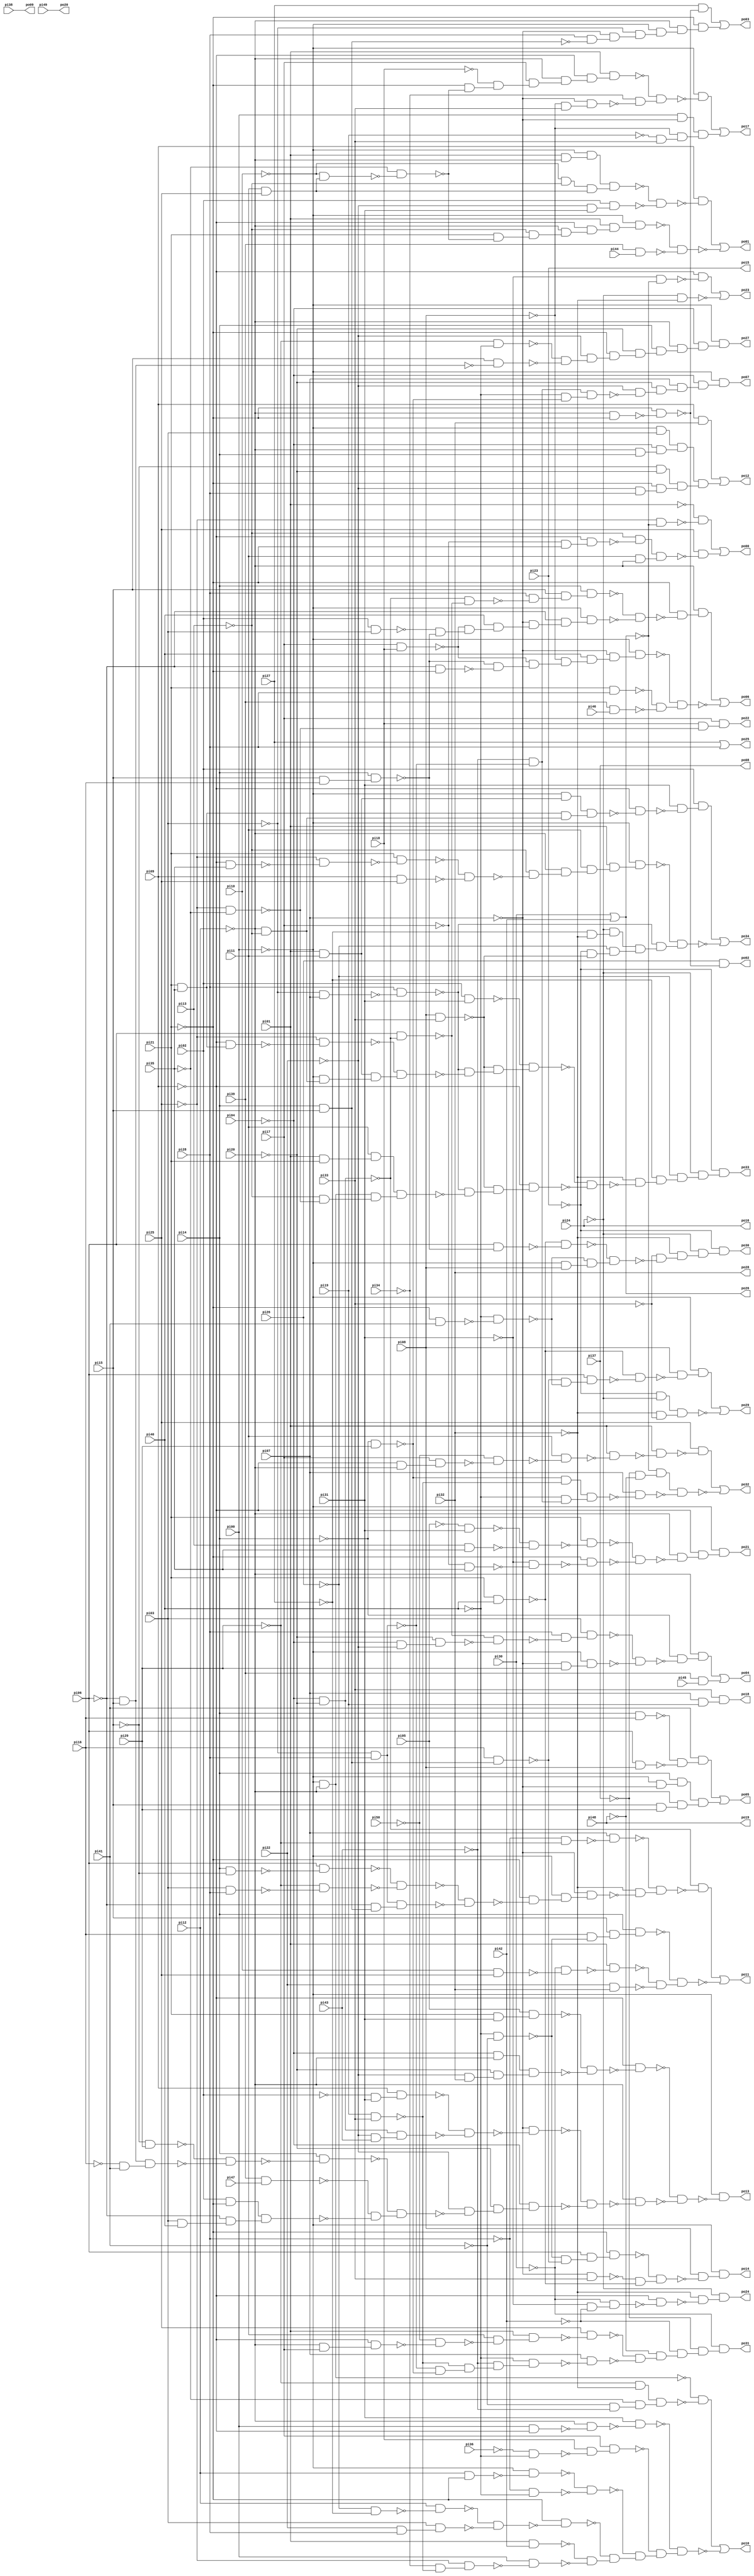
// Benchmark "x1" written by ABC on Sun Apr 22 21:43:16 2018

module x1 ( 
    pi00, pi01, pi02, pi03, pi04, pi05, pi06, pi07, pi08, pi09, pi10, pi11,
    pi12, pi13, pi14, pi15, pi16, pi17, pi18, pi19, pi20, pi21, pi22, pi23,
    pi24, pi25, pi26, pi27, pi28, pi29, pi30, pi31, pi32, pi33, pi34, pi35,
    pi36, pi37, pi38, pi39, pi40, pi41, pi42, pi43, pi44, pi45, pi46, pi47,
    pi48, pi49, pi50,
    po00, po01, po02, po03, po04, po05, po06, po07, po08, po09, po10, po11,
    po12, po13, po14, po15, po16, po17, po18, po19, po20, po21, po22, po23,
    po24, po25, po26, po27, po28, po29, po30, po31, po32, po33, po34  );
  input  pi00, pi01, pi02, pi03, pi04, pi05, pi06, pi07, pi08, pi09,
    pi10, pi11, pi12, pi13, pi14, pi15, pi16, pi17, pi18, pi19, pi20, pi21,
    pi22, pi23, pi24, pi25, pi26, pi27, pi28, pi29, pi30, pi31, pi32, pi33,
    pi34, pi35, pi36, pi37, pi38, pi39, pi40, pi41, pi42, pi43, pi44, pi45,
    pi46, pi47, pi48, pi49, pi50;
  output po00, po01, po02, po03, po04, po05, po06, po07, po08, po09, po10,
    po11, po12, po13, po14, po15, po16, po17, po18, po19, po20, po21, po22,
    po23, po24, po25, po26, po27, po28, po29, po30, po31, po32, po33, po34;
  wire n88, n89, n90, n91, n92, n93, n94, n95, n97, n98, n99, n100, n101,
    n102, n103, n104, n105, n106, n107, n108, n109, n110, n111, n112, n113,
    n114, n115, n116, n118, n119, n121, n122, n123, n124, n125, n126, n127,
    n128, n130, n131, n132, n133, n134, n135, n136, n137, n138, n139, n140,
    n141, n142, n144, n145, n146, n147, n148, n149, n150, n151, n152, n154,
    n155, n156, n157, n158, n159, n160, n161, n162, n163, n164, n165, n166,
    n167, n168, n169, n170, n171, n172, n173, n174, n175, n176, n177, n178,
    n179, n180, n181, n183, n184, n185, n186, n187, n188, n189, n190, n191,
    n193, n194, n195, n196, n197, n198, n199, n200, n201, n202, n203, n204,
    n205, n206, n207, n208, n209, n210, n211, n212, n213, n214, n215, n216,
    n217, n218, n219, n220, n221, n222, n223, n224, n226, n227, n228, n229,
    n230, n231, n232, n233, n234, n235, n236, n237, n238, n239, n240, n241,
    n242, n243, n244, n245, n246, n247, n248, n249, n250, n251, n253, n254,
    n255, n256, n257, n258, n259, n260, n261, n262, n264, n265, n266, n267,
    n268, n269, n270, n271, n272, n273, n274, n275, n276, n277, n278, n279,
    n280, n281, n282, n283, n284, n285, n286, n287, n288, n289, n290, n291,
    n292, n293, n294, n295, n296, n298, n299, n300, n301, n302, n303, n304,
    n305, n306, n308, n309, n310, n311, n312, n313, n314, n315, n316, n317,
    n318, n319, n320, n321, n322, n324, n326, n327, n328, n329, n330, n331,
    n332, n333, n334, n335, n337, n338, n340, n341, n342, n344, n345, n346,
    n347, n350, n351, n352, n353, n354, n355, n356, n357, n358, n360, n361,
    n362, n363, n364, n365, n366, n367, n368, n369, n371, n372, n373, n374,
    n375, n376, n377, n378, n380, n381, n382, n383, n384, n385, n386, n387,
    n388, n389, n390, n391, n392, n393, n394, n396, n397, n398, n399, n400,
    n401, n402, n403, n404, n405, n406, n407, n408, n409, n411, n412, n413,
    n414, n415, n416, n417, n418, n419, n420, n421, n422, n423, n424, n425,
    n426, n427, n428, n429, n430, n431, n432, n433, n434, n435, n436, n437,
    n438, n440, n441, n442, n443, n444, n445, n446, n447, n448, n449, n450,
    n451, n452, n453, n454, n455, n456, n457, n458, n459, n460, n461, n462;
  assign po26 = pi30 | pi42;
  assign n88 = ~pi25 & ~po26;
  assign n89 = ~pi01 & ~n88;
  assign n90 = ~pi17 & ~pi21;
  assign n91 = ~pi09 & n90;
  assign n92 = ~pi13 & ~n91;
  assign n93 = pi11 & ~pi12;
  assign n94 = n92 & n93;
  assign n95 = pi25 & ~n94;
  assign po00 = n89 | n95;
  assign n97 = pi01 & ~pi12;
  assign n98 = ~pi00 & n97;
  assign n99 = ~pi10 & ~pi13;
  assign n100 = pi11 & pi25;
  assign n101 = n99 & n100;
  assign n102 = n98 & n101;
  assign n103 = ~pi22 & pi31;
  assign n104 = pi02 & n103;
  assign n105 = ~n102 & ~n104;
  assign n106 = pi09 & ~n105;
  assign n107 = ~pi10 & n100;
  assign n108 = ~pi35 & ~n107;
  assign n109 = pi21 & ~n108;
  assign n110 = ~pi13 & n109;
  assign n111 = ~pi12 & n110;
  assign n112 = ~pi09 & n111;
  assign n113 = pi01 & n112;
  assign n114 = ~pi00 & n113;
  assign n115 = pi39 & pi44;
  assign n116 = ~n114 & ~n115;
  assign po01 = n106 | ~n116;
  assign n118 = ~pi12 & ~pi21;
  assign n119 = ~pi21 & ~n118;
  assign po02 = pi26 & ~n119;
  assign n121 = pi27 & ~n119;
  assign n122 = pi14 & pi15;
  assign n123 = pi28 & ~n122;
  assign n124 = ~pi07 & n123;
  assign n125 = ~pi03 & n124;
  assign n126 = ~pi00 & n125;
  assign n127 = ~pi12 & n126;
  assign n128 = ~pi21 & n127;
  assign po03 = n121 | n128;
  assign n130 = ~pi04 & ~pi20;
  assign n131 = pi06 & ~n130;
  assign n132 = ~pi04 & ~pi22;
  assign n133 = ~pi20 & n132;
  assign n134 = ~n131 & ~n133;
  assign n135 = pi28 & ~n134;
  assign n136 = pi03 & n135;
  assign n137 = ~pi07 & pi29;
  assign n138 = ~pi00 & n137;
  assign n139 = ~n136 & ~n138;
  assign n140 = ~pi14 & ~n139;
  assign n141 = ~pi12 & n140;
  assign n142 = pi39 & pi45;
  assign po04 = n141 | n142;
  assign n144 = pi14 & pi16;
  assign n145 = pi06 & pi08;
  assign n146 = ~n144 & ~n145;
  assign n147 = pi41 & n146;
  assign n148 = ~pi00 & ~pi07;
  assign n149 = pi14 & n148;
  assign n150 = pi15 & pi29;
  assign n151 = ~pi12 & n150;
  assign n152 = n149 & n151;
  assign po05 = n147 | n152;
  assign n154 = ~n130 & ~n131;
  assign n155 = pi28 & ~n154;
  assign n156 = pi15 & n155;
  assign n157 = pi14 & n156;
  assign n158 = pi17 & pi18;
  assign n159 = pi02 & pi03;
  assign n160 = pi15 & pi16;
  assign n161 = pi14 & n160;
  assign n162 = ~n159 & ~n161;
  assign n163 = ~n158 & n162;
  assign n164 = pi40 & n163;
  assign n165 = ~pi07 & n164;
  assign n166 = ~pi06 & n165;
  assign n167 = ~pi00 & n166;
  assign n168 = ~n157 & ~n167;
  assign n169 = ~pi21 & ~n168;
  assign n170 = ~pi12 & n169;
  assign n171 = ~pi06 & ~pi21;
  assign n172 = ~n161 & ~n171;
  assign n173 = ~n158 & n172;
  assign n174 = ~pi08 & n173;
  assign n175 = pi40 & n174;
  assign n176 = ~pi07 & n175;
  assign n177 = ~pi00 & n176;
  assign n178 = pi21 & pi28;
  assign n179 = pi39 & pi46;
  assign n180 = ~n178 & ~n179;
  assign n181 = ~n177 & n180;
  assign po06 = n170 | ~n181;
  assign n183 = ~pi03 & pi28;
  assign n184 = ~pi43 & ~n183;
  assign n185 = ~pi14 & pi29;
  assign n186 = ~pi40 & ~n185;
  assign n187 = n184 & n186;
  assign n188 = ~pi22 & ~n187;
  assign n189 = ~pi20 & n188;
  assign n190 = pi07 & n189;
  assign n191 = ~pi04 & n190;
  assign po07 = ~pi00 & n191;
  assign n193 = ~pi00 & ~pi12;
  assign n194 = ~pi29 & ~pi32;
  assign n195 = ~pi41 & ~pi43;
  assign n196 = ~pi35 & n195;
  assign n197 = n194 & n196;
  assign n198 = ~n193 & ~n197;
  assign n199 = pi00 & ~pi09;
  assign n200 = ~pi12 & ~n199;
  assign n201 = pi31 & ~n200;
  assign n202 = ~pi36 & ~pi40;
  assign n203 = pi18 & ~n202;
  assign n204 = pi17 & n203;
  assign n205 = pi12 & ~pi21;
  assign n206 = ~pi00 & ~n205;
  assign n207 = ~pi28 & ~pi40;
  assign n208 = ~n206 & ~n207;
  assign n209 = ~pi26 & ~pi27;
  assign n210 = pi12 & ~n209;
  assign n211 = pi22 & pi28;
  assign n212 = pi03 & n211;
  assign n213 = ~n210 & ~n212;
  assign n214 = ~pi21 & ~n213;
  assign n215 = pi01 & pi42;
  assign n216 = pi19 & pi33;
  assign n217 = ~pi34 & ~n216;
  assign n218 = ~pi25 & n217;
  assign n219 = pi00 & ~n218;
  assign n220 = ~n215 & ~n219;
  assign n221 = ~n214 & n220;
  assign n222 = ~n208 & n221;
  assign n223 = ~n204 & n222;
  assign n224 = ~n201 & n223;
  assign po10 = n198 | ~n224;
  assign n226 = ~pi28 & ~pi29;
  assign n227 = pi07 & ~n226;
  assign n228 = pi14 & ~pi15;
  assign n229 = pi06 & ~n228;
  assign n230 = pi03 & pi28;
  assign n231 = ~pi29 & ~n230;
  assign n232 = ~n229 & ~n231;
  assign n233 = ~pi06 & n122;
  assign n234 = n183 & n233;
  assign n235 = ~n232 & ~n234;
  assign n236 = ~pi21 & ~n235;
  assign n237 = ~pi00 & n236;
  assign n238 = ~pi07 & n237;
  assign n239 = ~pi32 & ~n238;
  assign n240 = ~n227 & n239;
  assign n241 = ~n130 & ~n240;
  assign n242 = ~pi40 & ~pi41;
  assign n243 = pi16 & ~n242;
  assign n244 = pi15 & n243;
  assign n245 = pi14 & n244;
  assign n246 = pi10 & pi25;
  assign n247 = ~pi30 & ~n246;
  assign n248 = pi01 & ~n247;
  assign n249 = pi22 & pi32;
  assign n250 = ~n248 & ~n249;
  assign n251 = ~n245 & n250;
  assign po11 = n241 | ~n251;
  assign n253 = pi09 & pi32;
  assign n254 = ~pi00 & pi03;
  assign n255 = ~pi12 & pi14;
  assign n256 = ~pi04 & n255;
  assign n257 = n254 & n256;
  assign n258 = ~pi15 & ~pi20;
  assign n259 = ~pi22 & pi28;
  assign n260 = ~pi21 & n259;
  assign n261 = n258 & n260;
  assign n262 = n257 & n261;
  assign po12 = n253 | n262;
  assign n264 = pi21 & pi31;
  assign n265 = pi05 & n264;
  assign n266 = ~pi04 & ~pi12;
  assign n267 = ~pi22 & pi32;
  assign n268 = ~pi20 & n267;
  assign n269 = n266 & n268;
  assign n270 = ~n265 & ~n269;
  assign n271 = ~pi09 & ~n270;
  assign n272 = ~pi02 & pi31;
  assign n273 = pi09 & n272;
  assign n274 = ~pi22 & pi43;
  assign n275 = n130 & n274;
  assign n276 = ~n273 & ~n275;
  assign n277 = ~pi07 & ~n276;
  assign n278 = ~pi15 & pi29;
  assign n279 = ~pi06 & pi15;
  assign n280 = ~pi16 & pi41;
  assign n281 = n279 & n280;
  assign n282 = ~n278 & ~n281;
  assign n283 = pi14 & ~n282;
  assign n284 = pi39 & pi47;
  assign n285 = pi02 & ~pi21;
  assign n286 = pi03 & pi40;
  assign n287 = ~pi06 & n286;
  assign n288 = n285 & n287;
  assign n289 = ~n284 & ~n288;
  assign n290 = ~n283 & n289;
  assign n291 = ~pi22 & ~n290;
  assign n292 = ~pi20 & n291;
  assign n293 = ~pi04 & n292;
  assign n294 = ~n277 & ~n293;
  assign n295 = ~pi12 & ~n294;
  assign n296 = ~n271 & ~n295;
  assign po13 = ~pi00 & ~n296;
  assign n298 = pi16 & n122;
  assign n299 = ~n242 & ~n298;
  assign n300 = pi06 & n299;
  assign n301 = ~pi21 & n300;
  assign n302 = ~pi07 & pi33;
  assign n303 = pi21 & pi40;
  assign n304 = ~n302 & ~n303;
  assign n305 = ~n301 & n304;
  assign n306 = pi08 & ~n305;
  assign po14 = ~pi00 & n306;
  assign n308 = ~pi21 & ~n108;
  assign n309 = ~pi18 & n308;
  assign n310 = pi17 & n309;
  assign n311 = ~pi12 & n310;
  assign n312 = ~pi09 & n311;
  assign n313 = pi01 & n312;
  assign n314 = ~pi08 & pi33;
  assign n315 = ~pi07 & n314;
  assign n316 = ~pi34 & ~n315;
  assign n317 = ~n313 & n316;
  assign n318 = ~pi00 & ~n317;
  assign n319 = pi00 & ~pi07;
  assign n320 = ~pi19 & pi33;
  assign n321 = ~pi08 & n320;
  assign n322 = n319 & n321;
  assign po17 = n318 | n322;
  assign n324 = pi07 & pi19;
  assign po18 = pi33 & n324;
  assign n326 = ~pi05 & pi31;
  assign n327 = pi13 & pi35;
  assign n328 = ~n326 & ~n327;
  assign n329 = pi21 & ~n328;
  assign n330 = ~pi17 & pi35;
  assign n331 = ~pi31 & ~n330;
  assign n332 = ~pi21 & ~n331;
  assign n333 = ~n329 & ~n332;
  assign n334 = ~pi12 & ~n333;
  assign n335 = ~pi09 & n334;
  assign po21 = ~pi00 & n335;
  assign n337 = ~pi25 & ~pi35;
  assign n338 = pi18 & ~n337;
  assign po22 = pi17 & n338;
  assign n340 = ~pi31 & ~po26;
  assign n341 = ~pi09 & ~n340;
  assign n342 = ~pi24 & ~pi32;
  assign po23 = n341 | ~n342;
  assign n344 = ~pi31 & ~pi42;
  assign n345 = ~pi30 & n344;
  assign n346 = ~pi09 & ~n345;
  assign n347 = ~pi32 & ~n346;
  assign po24 = ~pi24 & n347;
  assign po25 = pi27 | pi28;
  assign n350 = ~pi29 & ~pi40;
  assign n351 = pi15 & ~n279;
  assign n352 = ~n350 & ~n351;
  assign n353 = ~pi22 & n352;
  assign n354 = ~pi21 & n353;
  assign n355 = ~pi20 & n354;
  assign n356 = pi14 & n355;
  assign n357 = ~pi12 & n356;
  assign n358 = ~pi04 & n357;
  assign po27 = ~pi00 & n358;
  assign n360 = ~pi21 & pi41;
  assign n361 = ~pi40 & ~n360;
  assign n362 = ~n298 & ~n361;
  assign n363 = pi06 & n362;
  assign n364 = ~n303 & ~n363;
  assign n365 = pi08 & ~n364;
  assign n366 = ~pi00 & n365;
  assign n367 = ~pi23 & ~pi24;
  assign n368 = ~pi32 & ~pi33;
  assign n369 = n367 & n368;
  assign po29 = n366 | ~n369;
  assign n371 = pi06 & ~n161;
  assign n372 = ~n303 & ~n371;
  assign n373 = ~pi00 & pi08;
  assign n374 = ~n361 & n373;
  assign n375 = ~n372 & n374;
  assign n376 = ~pi33 & ~n375;
  assign n377 = ~pi32 & n376;
  assign n378 = ~pi24 & n377;
  assign po30 = ~pi23 & n378;
  assign n380 = ~pi12 & pi17;
  assign n381 = ~pi09 & n380;
  assign n382 = ~pi50 & ~n381;
  assign n383 = pi11 & ~n382;
  assign n384 = pi01 & n383;
  assign n385 = pi25 & ~n384;
  assign n386 = ~n183 & ~n185;
  assign n387 = ~n216 & n386;
  assign n388 = ~pi43 & n387;
  assign n389 = ~pi40 & n388;
  assign n390 = pi07 & ~n389;
  assign n391 = ~n385 & ~n390;
  assign n392 = ~pi48 & n391;
  assign n393 = ~pi42 & n392;
  assign n394 = ~pi37 & n393;
  assign po31 = ~pi30 & n394;
  assign n396 = ~pi09 & ~pi12;
  assign n397 = pi17 & n396;
  assign n398 = ~pi50 & ~n397;
  assign n399 = pi11 & ~n398;
  assign n400 = pi01 & ~n399;
  assign n401 = pi01 & ~n400;
  assign n402 = pi25 & ~n401;
  assign n403 = ~pi37 & ~pi48;
  assign n404 = ~po26 & n403;
  assign n405 = ~n185 & ~n216;
  assign n406 = ~pi40 & n184;
  assign n407 = n405 & n406;
  assign n408 = pi07 & ~n407;
  assign n409 = n404 & ~n408;
  assign po32 = n402 | ~n409;
  assign n411 = pi02 & pi31;
  assign n412 = pi08 & pi33;
  assign n413 = ~pi03 & pi07;
  assign n414 = pi28 & ~n413;
  assign n415 = pi21 & pi35;
  assign n416 = ~pi09 & n415;
  assign n417 = ~pi25 & ~n416;
  assign n418 = pi01 & pi11;
  assign n419 = ~pi12 & ~pi13;
  assign n420 = ~pi00 & n419;
  assign n421 = n418 & n420;
  assign n422 = ~n417 & n421;
  assign n423 = ~n414 & ~n422;
  assign n424 = ~n412 & n423;
  assign n425 = ~n411 & n424;
  assign n426 = pi01 & pi21;
  assign n427 = pi11 & n426;
  assign n428 = ~pi13 & ~n337;
  assign n429 = n193 & n428;
  assign n430 = n427 & n429;
  assign n431 = ~n414 & ~n430;
  assign n432 = ~n412 & n431;
  assign n433 = ~pi09 & n432;
  assign n434 = ~n425 & ~n433;
  assign n435 = ~pi32 & ~n434;
  assign n436 = ~pi27 & n435;
  assign n437 = ~pi26 & n436;
  assign n438 = ~pi24 & n437;
  assign po33 = ~pi23 & n438;
  assign n440 = ~pi00 & n418;
  assign n441 = n415 & n419;
  assign n442 = n440 & n441;
  assign n443 = ~pi09 & ~n442;
  assign n444 = pi31 & ~n443;
  assign n445 = pi02 & n444;
  assign n446 = ~pi09 & pi35;
  assign n447 = ~pi25 & ~n446;
  assign n448 = pi21 & ~n447;
  assign n449 = pi09 & pi25;
  assign n450 = ~n448 & ~n449;
  assign n451 = ~pi13 & ~n450;
  assign n452 = ~pi12 & n451;
  assign n453 = pi11 & n452;
  assign n454 = pi01 & n453;
  assign n455 = ~pi00 & n454;
  assign n456 = ~pi27 & ~pi32;
  assign n457 = ~pi24 & n456;
  assign n458 = ~pi23 & ~n412;
  assign n459 = ~pi26 & n458;
  assign n460 = n457 & n459;
  assign n461 = ~n414 & n460;
  assign n462 = ~n455 & n461;
  assign po34 = n445 | ~n462;
  assign po08 = pi37;
  assign po09 = pi38;
  assign po15 = pi23;
  assign po16 = pi24;
  assign po19 = pi48;
  assign po20 = pi49;
  assign po28 = pi32;
endmodule